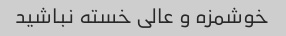
خوشمزه و عالی خسته نباشید